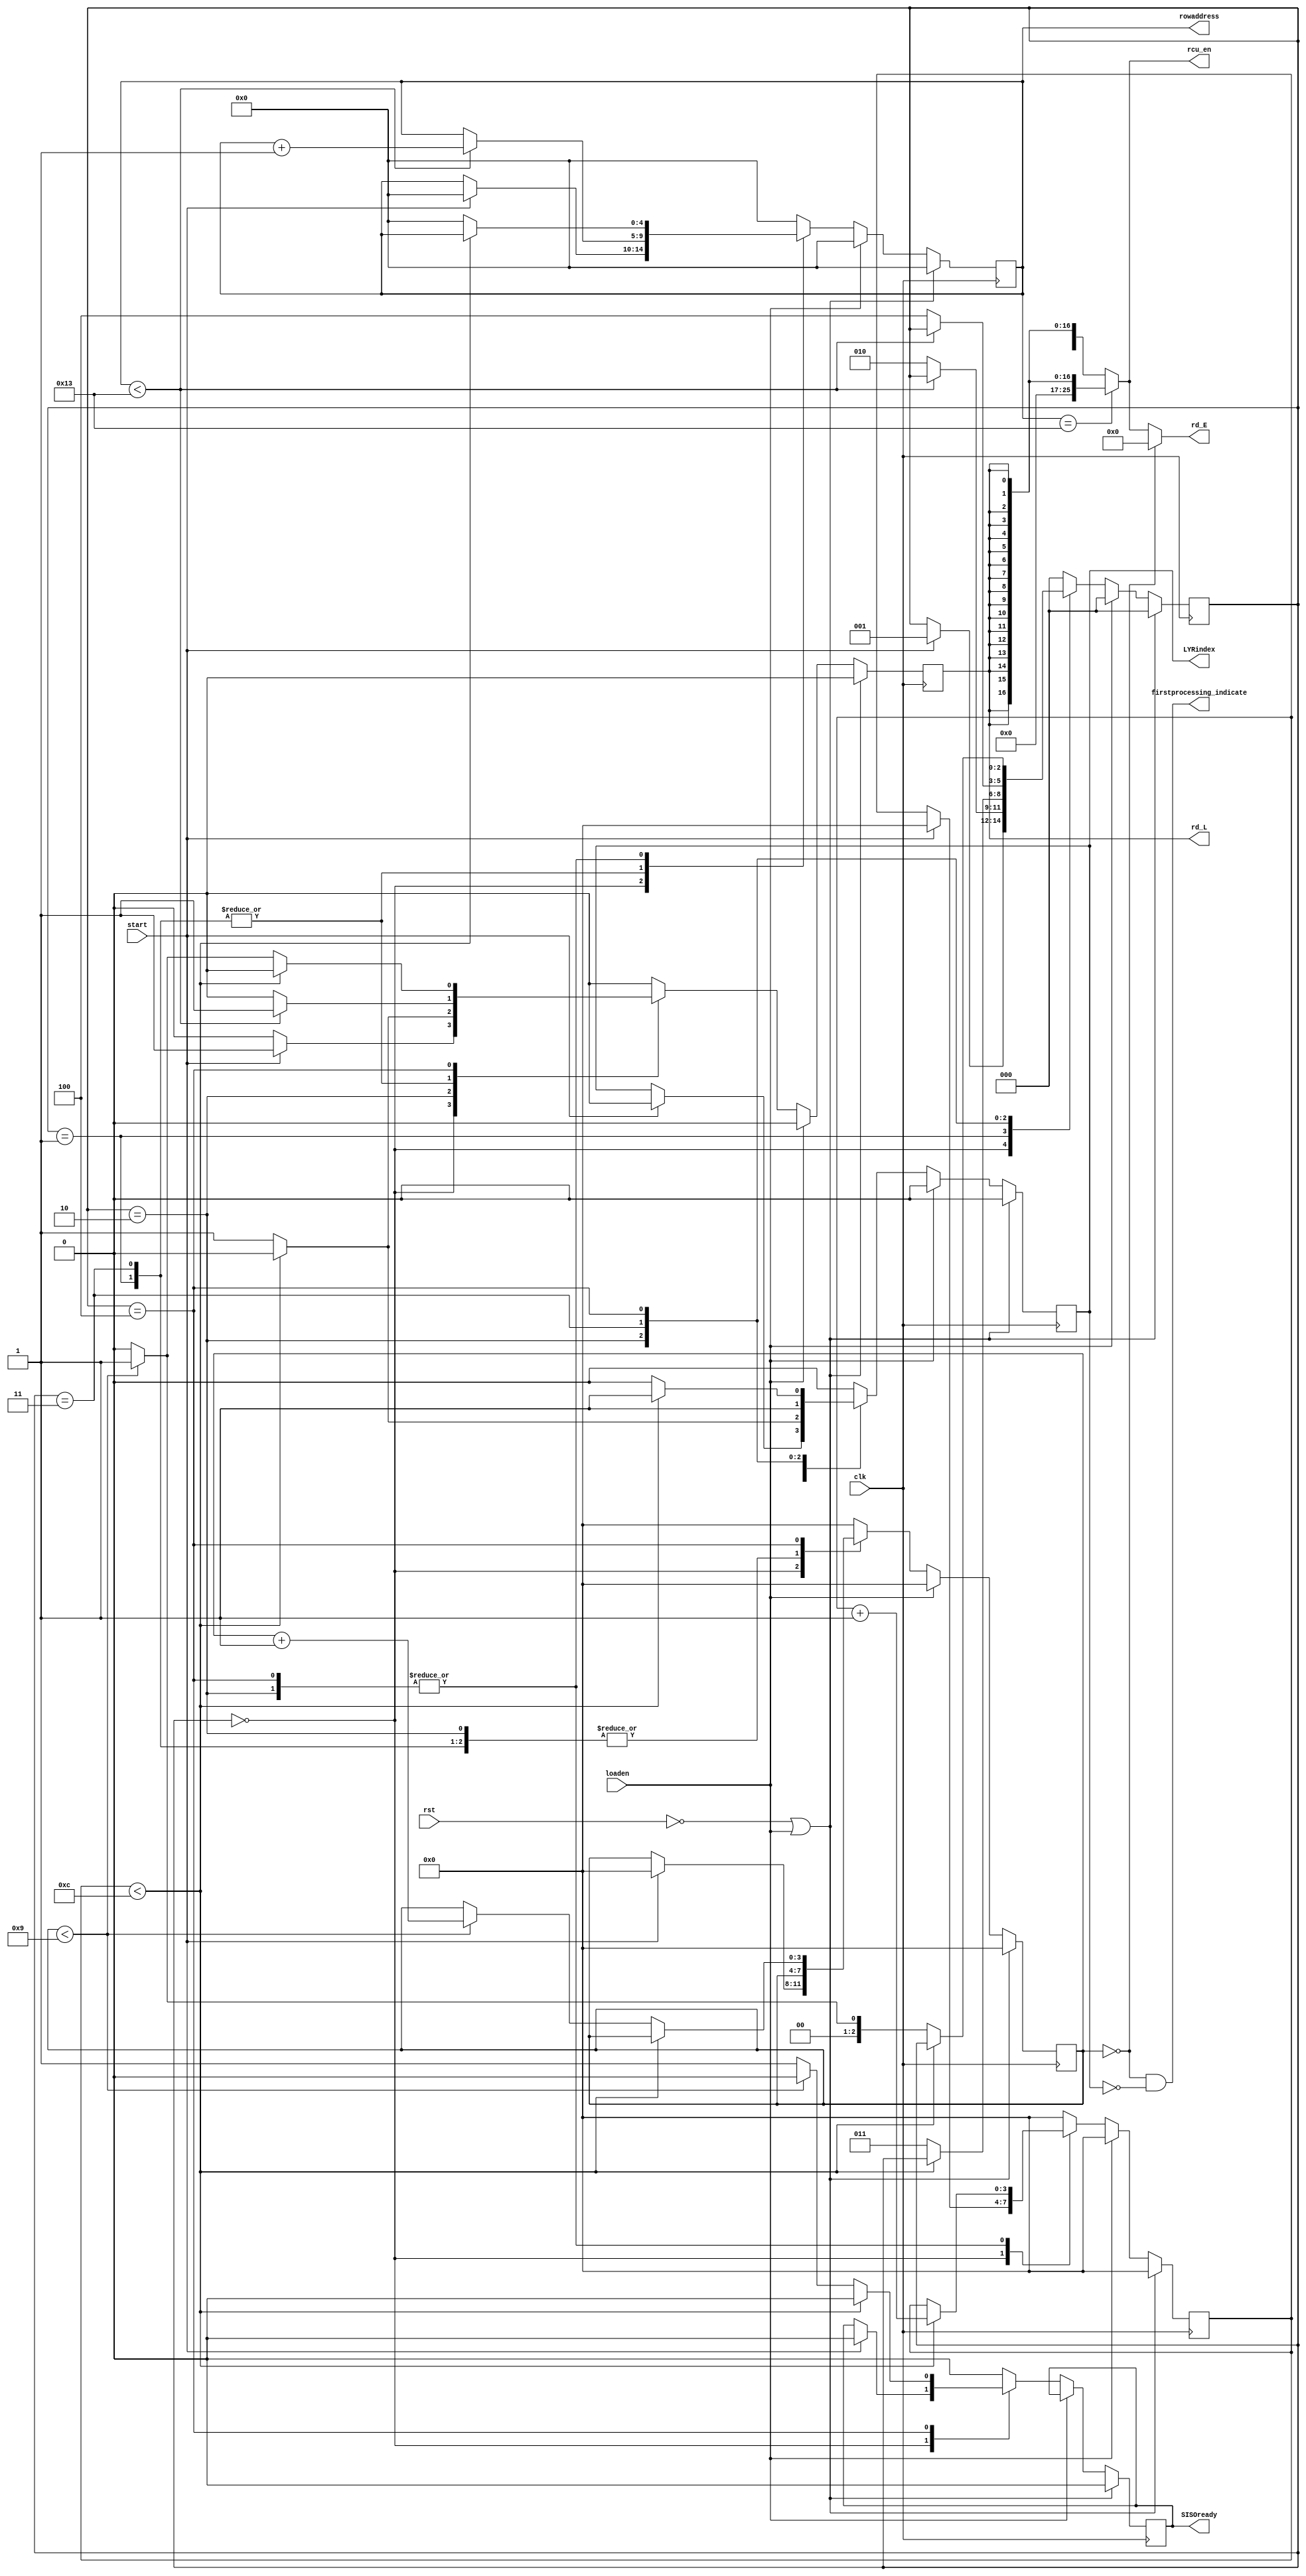
`timescale 1ns / 1ps
//////////////////////////////////////////////////////////////////////////////////
// Company: 
// Engineer: 
// 
// Design Name: 
// Module Name: ne_AddrGenFSM
// Project Name: 
// Target Devices: 
// Tool Versions: 
// Description: 
// 
// Dependencies: 
// 
// Revision:
// Revision 0.01 - File Created
// Additional Comments:
// if loading is going on: cancel all operations, clear all signals and counters and stay in initial state.
// else continue operation assuming fresh start, by waiting for start signal form LoadunloadFSM of input interface.
//////////////////////////////////////////////////////////////////////////////////


module ne_AddrGenFSM_pipe(SISOready,firstprocessing_indicate,LYRindex,rowaddress,rd_E,rd_L,rcu_en,loaden,start,clk,rst);
parameter Z=511;
parameter P=26;
parameter PIPESTAGES = 13;//rcu pipetages+1 for mem write
parameter MAXITRS = 10;
parameter ROWDEPTH=20;//Z/P; //Z/P = 73
//last_p rowdepth and pipestages.
parameter P_LAST = Z-(P*(ROWDEPTH-1));//511-(26*19)=511-494=17
parameter ROWWIDTH = 5;//7;//2**7 = 128 > 72, 2**5 = 32 > 20.
parameter PIPECOUNTWIDTH = 4;//2**3 = 8 > 7
parameter ITRWIDTH = 4;//2**4 = 16 > 9
parameter MEMRDCYCLES0=4;
parameter MEMRDCYCLES1=4;

output SISOready;
output firstprocessing_indicate;//to select proper Lmem (load to lyr0) unit.
output LYRindex;
output [ROWWIDTH-1:0] rowaddress;
output[P-1:0]rd_E;//---------------clr_en_E Alternative: first iter rd E =0 
output rd_L;
output[P-1:0] rcu_en;//26 rcu enable lines
input loaden;
input start, clk, rst;

//......................
reg[ROWWIDTH-1:0] count, nextcount;
reg[PIPECOUNTWIDTH-1:0] pipecount, nextpipecount;
reg lyr, nextlyr;
reg[ITRWIDTH-1:0] itr, nextitr;
reg rd, nextrd;
reg ready, nextready;

//outputs
assign SISOready = ready;
assign LYRindex = lyr;
assign rowaddress = count;
assign rd_L = rd;
assign rd_E = (itr==0) ? 0 : ( (count==ROWDEPTH-1) ? { {(P-P_LAST){1'b0}} , {P_LAST{rd}} } : {P{rd}} );
assign firstprocessing_indicate = ((itr==0)&&(lyr==0)); //to indicate the first processing after loading new code symbols.
assign rcu_en = (count==ROWDEPTH-1) ? { {(P-P_LAST){1'b0}} , {P_LAST{rd}} } : {P{rd}}; //last address 17 out of 26 rows are valid, so enabling first 17 RCUs only.

/*initial begin

end*/
//add one cycle delay for load_en (input pipelining for lmem top)
//FSM
parameter INIT=0, LYR0=1, LYR0WAIT=2, LYR1=3, LYR1WAIT=4;
reg[2:0] ps, ns;

always@(posedge clk)
begin
  if(!rst|loaden) //loaden logic for present state/control/other signals is same as reset operation.
  begin
    ps<=0;
    ready<=0;
    rd<=0;
    itr<=0;
    lyr<=0;
    pipecount<=0;
    count<=0;
  end
  else
  begin
    ps<=ns;
    ready<=nextready;
    rd<=nextrd;
    itr<=nextitr;
    lyr<=nextlyr;
    pipecount<=nextpipecount;
    count<=nextcount;
  end  
end

always@(ps, ready, rd, itr, lyr, pipecount, count, start,loaden)//remove loaden depending on start
begin
  if(loaden) //loaden logic for next state/control/other signals
  begin
    ns=0;
    nextready=ready;
    nextrd=0;
    nextitr=0;
    nextlyr=0;
    nextpipecount=0;
    nextcount=0;  
  end
  else begin
    case(ps)
      INIT : begin
               ns=start ? LYR0 : ps;
               nextready=start ? 0 : ready;
               nextrd=start ? 1 : 0;
               nextitr=start ? 0 : itr;
               nextlyr=start ? 0 : lyr;
               nextpipecount=start ? 0 : pipecount;
               nextcount=start ? 0 : count;
             end
      LYR0 : begin
               ns=(count<ROWDEPTH-1) ? ps : LYR0WAIT;
               nextready=0;
               nextrd=(count<ROWDEPTH-1) ? 1 : 0;
               nextitr=itr;
               nextlyr=0;
               nextpipecount=0;
               nextcount=(count<ROWDEPTH-1) ? count+1 : count;
             end
    LYR0WAIT:begin              
               ns=(pipecount<PIPESTAGES-1) ? ps : LYR1;
               nextready=0;
               nextrd=(pipecount<PIPESTAGES-1) ? 0 : 1;
               nextitr=itr;
               nextlyr=(pipecount<PIPESTAGES-1) ? 0 : 1;
               nextpipecount=(pipecount<PIPESTAGES-1) ? pipecount+1 : pipecount;
               nextcount=(pipecount<PIPESTAGES+-1) ? count : 0;
             end
      LYR1 : begin
               ns=(count<ROWDEPTH-1) ? ps : LYR1WAIT;
               ns=(count<ROWDEPTH-1) ? ps : LYR1WAIT;
               nextready=0;
               nextrd=(count<ROWDEPTH-1) ? 1 : 0;
               nextitr=itr;
               nextlyr=1;
               nextpipecount=0;
               nextcount=(count<ROWDEPTH-1) ? count+1 : count;
             end
    LYR1WAIT:begin
               ns=(pipecount<PIPESTAGES-1) ? ps : ((itr<MAXITRS-1) ? LYR0 : INIT);
               nextready=(pipecount<PIPESTAGES-1) ? 0 : ((itr<MAXITRS-1) ? 0 : 1);
               nextrd=(pipecount<PIPESTAGES-1) ? 0 : ((itr<MAXITRS-1) ? 1 : 0);
               nextitr=(pipecount<PIPESTAGES-1) ? itr : ((itr<MAXITRS-1)? itr+1 : itr);
               nextlyr=(pipecount<PIPESTAGES-1) ? 1 : 0;//0 is reset value.
               nextpipecount=(pipecount<PIPESTAGES-1) ? pipecount+1 : pipecount;
               nextcount=(pipecount<PIPESTAGES-1)? count : 0;
             end     
    
    default: begin
               ns=0;
               nextready=0;
               nextrd=0;
               nextitr=0;
               nextlyr=0;
               nextpipecount=0;
               nextcount=0;
             end
    endcase
  end//else
end

endmodule